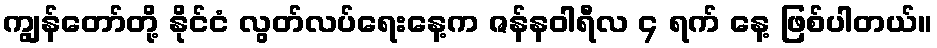
ကျွန်တော်တို့ နိုင်ငံ လွတ်လပ်ရေးနေ့က ဇန်နဝါရီလ ၄ ရက် နေ့ ဖြစ်ပါတယ်။